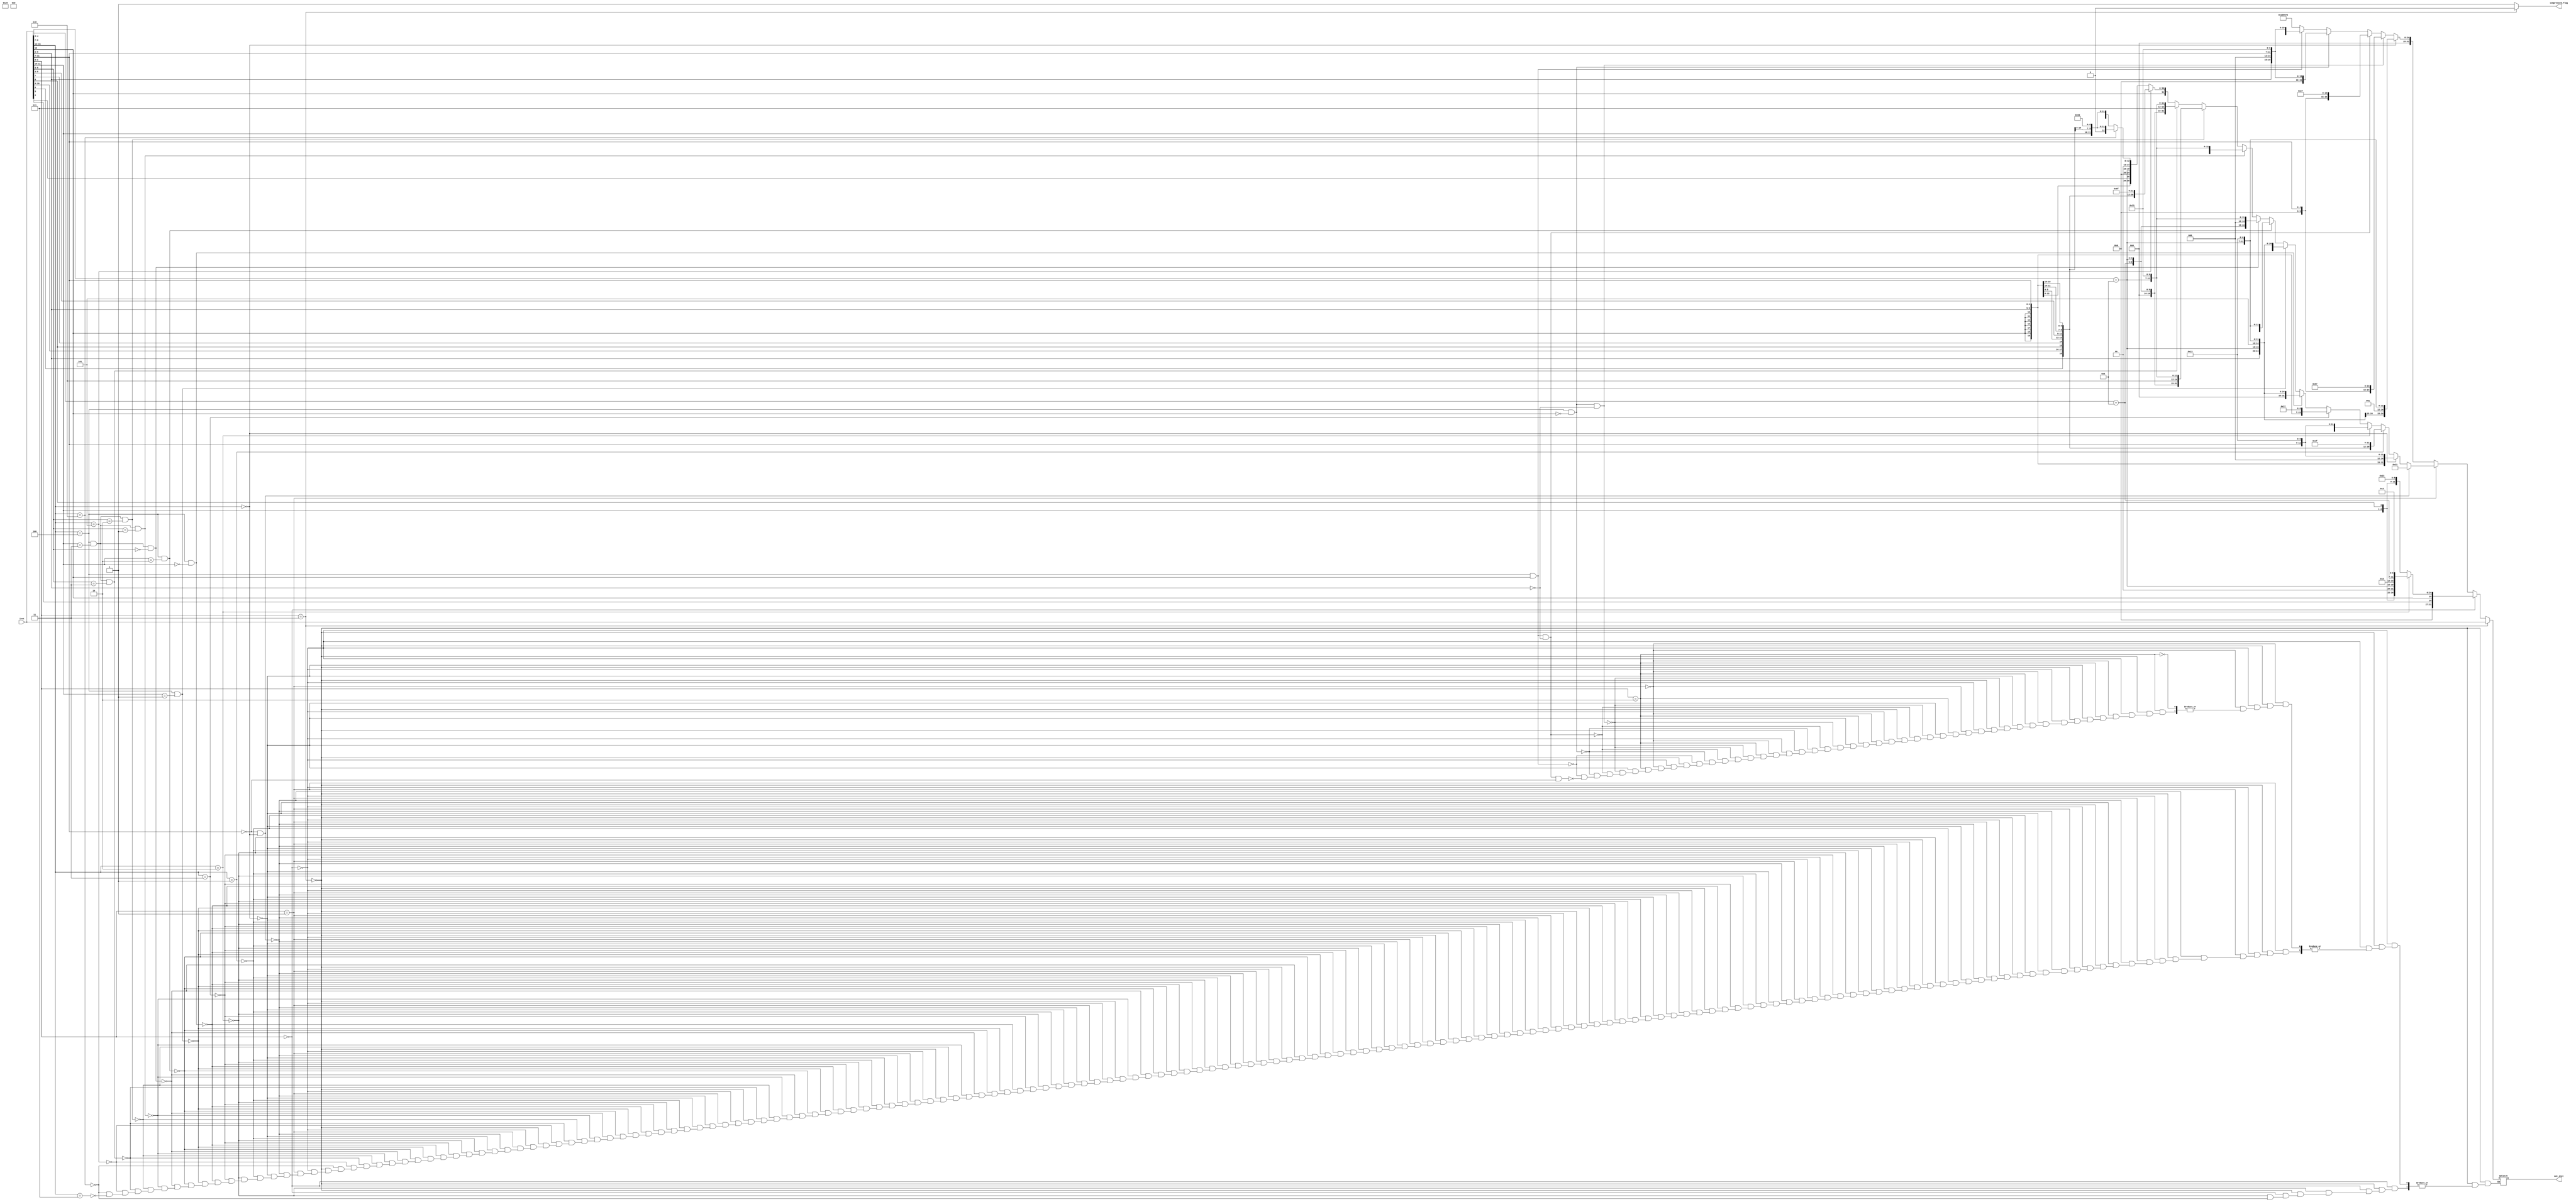
`timescale 1ns / 1ps
//////////////////////////////////////////////////////////////////////////////////
// Company: 
// Engineer: 
// 
// Design Name: 
// Module Name: decompression_unit
// Project Name: 
// Target Devices: 
// Tool Versions: 
// Description: 
// 
// Dependencies: 
// 
// Revision:
// Revision 0.01 - File Created
// Additional Comments:
// 
//////////////////////////////////////////////////////////////////////////////////


module decompression_unit(input[31:0] inst, output reg[31:0] out_inst, output reg compressed_flag);
reg[4:0] rs, rd;
always@(*) begin
    if(inst[1:0] == 2'b11) begin
        out_inst = inst;
        compressed_flag = 0;
    end
    else begin
        compressed_flag = 1;
        if(inst[1:0] == 2'b00) begin
            rd = inst[4:2] + 4'd8;
            rs = inst[9:7] + 4'd8;
            if(inst[15:13] == 3'b010) out_inst = {5'b00000, inst[5] ,inst[12:10], inst[6], 2'b00, rs, 3'b010, rd, 7'b0000011}; // LW
            else if(inst[15:13] == 3'b110) out_inst = {5'b00000, inst[5], inst[12], rd, rs, 3'b010, inst[11:10], inst[6], 2'b00, 7'b0100011}; // SW
        end
        else if(inst[1:0] == 2'b01) begin
            if(inst[11:7] == 5'b00000 && inst[15:13] == 3'b000) begin
                out_inst = 32'b0000000_00000_00000_000_00000_0110011; // NOP
            end
            else if(inst[15:13] == 3'b000) begin
                rd = inst[11:7];
                out_inst = {{7{inst[12]}}, inst[6:2], rd, 3'b000, rd, 7'b0010011}; // ADDI
            end
            else if(inst[15:13] == 3'b001) out_inst = {inst[12] ,inst[8], inst[10:9], inst[6], inst[7], inst[2], inst[11], inst[5:3], {9{inst[12]}}, 5'b00001 ,7'b1101111}; // JAL
            else if(inst[15:13] == 3'b010) begin
                rd = inst[11:7];
                out_inst = {{7{inst[12]}}, inst[6:2], 5'b00000, 3'b000, rd, 7'b0010011}; // LI
            end
            else if(inst[15:13] == 3'b011) begin
                rd = inst[11:7];
                out_inst = {{15{inst[12]}}, inst[6:2], rd, 7'b0110111}; // LUI
            end 
            else if(inst[15:13] == 3'b100 && inst[11:10] == 2'b00) begin
                rd = inst[9:7] + 4'd8;
                out_inst = {7'b0000000, inst[6:2], rd, 3'b101, rd, 7'b0010011}; // SRLI
            end 
            else if(inst[15:13] == 3'b100 && inst[11:10] == 2'b01) begin
                rd = inst[9:7] + 4'd8;
                out_inst = {7'b0100000, inst[6:2], rd, 3'b101, rd, 7'b0010011}; // SRAI
            end 
            else if(inst[15:13] == 3'b100 && inst[11:10] == 2'b10) begin
                rd = inst[9:7] + 4'd8;
                out_inst = {{7{inst[12]}}, inst[6:2], rd, 3'b111, rd, 7'b0010011}; // ANDI
            end  
            else if(inst[15:13] == 3'b100 && inst[11:10] == 2'b11 && inst[6:5] == 2'b00) begin
                rd = inst[9:7] + 4'd8;
                rs = inst[4:2] + 4'd8;
                out_inst = {7'b0100000, rs, rd, 3'b000, rd, 7'b0110011}; // SUB
            end 
            else if(inst[15:13] == 3'b100 && inst[11:10] == 2'b11 && inst[6:5] == 2'b01) begin
                rd = inst[9:7] + 4'd8;
                rs = inst[4:2] + 4'd8;
                out_inst = {7'b0000000, rs, rd, 3'b100, rd, 7'b0110011}; // XOR
            end    
            else if(inst[15:13] == 3'b100 && inst[11:10] == 2'b11 && inst[6:5] == 2'b10) begin
                rd = inst[9:7] + 4'd8;
                rs = inst[4:2] + 4'd8;
                out_inst = {7'b0000000, rs, rd, 3'b110, rd, 7'b0110011}; // OR
            end 
            else if(inst[15:13] == 3'b100 && inst[11:10] == 2'b11 && inst[6:5] == 2'b11) begin
               rd = inst[9:7] + 4'd8;
               rs = inst[4:2] + 4'd8;
               out_inst = {7'b0000000, rs, rd, 3'b111, rd, 7'b0110011}; // AND
           end
           else if(inst[15:13] == 3'b101)  out_inst = {inst[12] ,inst[8], inst[10:9], inst[6], inst[7], inst[2], inst[11], inst[5:3], {9{inst[12]}}, 5'b00000 ,7'b1101111}; // J 
           else if(inst[15:13] == 3'b110) begin
                rs = inst[9:7] + 8'd8;
                out_inst = {{4{inst[12]}}, inst[6:5], inst[2], 5'b00000, rs, 3'b000, inst[11:10], inst[4:3], inst[12], 7'b1100011}; // BEQZ                
           end   
           else if(inst[15:13] == 3'b111) begin
                rs = inst[9:7] + 8'd8;
                out_inst = {{4{inst[12]}}, inst[6:5], inst[2], 5'b00000, rs, 3'b001, inst[11:10], inst[4:3], inst[12], 7'b1100011}; // BNEZ                
           end                 
        end
        else if(inst[1:0] == 2'b10) begin
            if(inst[15:13] == 3'b000) begin
                rd = inst[9:7] + 4'd8;
                out_inst = {7'b0000000, inst[6:2], rd, 3'b001, rd, 7'b0010011}; // SLLI           
            end
            else if(inst[15:13] == 3'b100 && inst[12] == 1'b0 && inst[6:2] == 5'b00000) begin
                rs = inst[11:7];
                out_inst = {12'd0, rs, 3'b000, 5'b00000, 7'b1100111}; // JR           
            end
            else if(inst[15:13] == 3'b100 && inst[12] == 1'b1 && inst[6:2] == 5'b00000) begin
                rs = inst[11:7];
                out_inst = {12'd0, rs, 3'b000, 5'b00001, 7'b1100111}; // JALR           
            end
            else if(inst[15:13] == 3'b100 && inst[12] == 1'b0) begin
                rd = inst[11:7];
                rs = inst[6:2];
                out_inst = {7'b0000000 ,5'b00000, rs, 3'b000, rd, 7'b0110011}; // MV           
            end
            else if(inst[15:13] == 3'b100 && inst[12] == 1'b1) begin
                rd = inst[11:7];
                rs = inst[6:2];
                out_inst = {7'b0000000 ,rd, rs, 3'b000, rd, 7'b0110011}; // MV           
            end
            else if(inst[15:13] == 3'b100 && inst[12] == 1'b1 && inst[6:2] == 5'b00000 && inst[11:7] == 5'b00000) begin
                out_inst = 32'b00000000000100000000000001110011;
            end
        end
    end
end
endmodule